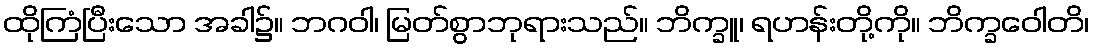
ထိုကြံပြီးသော အခါ၌။ ဘဂဝါ၊ မြတ်စွာဘုရားသည်။ ဘိက္ခူ၊ ရဟန်းတို့ကို။ ဘိက္ခဝေါတိ၊